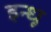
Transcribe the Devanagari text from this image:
इन्धू